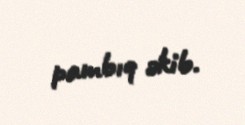
pambıq əkib.